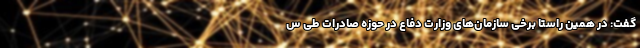
گفت: در همین راستا برخی سازمان‌های وزارت دفاع در حوزه صادرات طی س